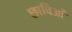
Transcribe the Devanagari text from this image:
छाविओं